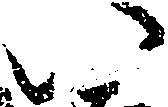
い